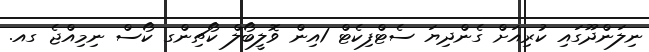
ނިލަންދޫގައި ކުރިއަށް ގެންދިޔަ ސެޓްފިކެޓް 1އިން ވޮލީބޯލް ކޯޗިންގ ކޯސް ނިމިއްޖެ ގއ.